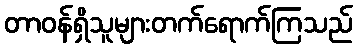
တာဝန်ရှိသူများတက်ရောက်ကြသည်